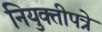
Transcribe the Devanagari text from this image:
नियुक्तीपत्रे